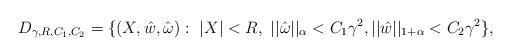
LaTeX: \begin{align*} D_{\gamma, R, C_1, C_2} =\{(X, \hat w, \hat {\omega}): \ |X| < R, \ ||\hat \omega||_{\alpha} < C_1\gamma^{2}, ||\hat w||_{1 +\alpha} < C_2\gamma^{2} \},\end{align*}